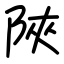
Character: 陜